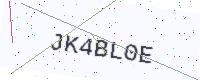
Text: JK4BL0E